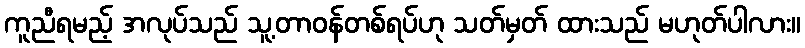
ကူညီရမည့် အလုပ်သည် သူ့တာဝန်တစ်ရပ်ဟု သတ်မှတ် ထားသည် မဟုတ်ပါလား။